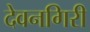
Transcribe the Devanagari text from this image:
देवनगिरी